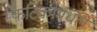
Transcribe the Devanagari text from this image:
स्फटिकामधले